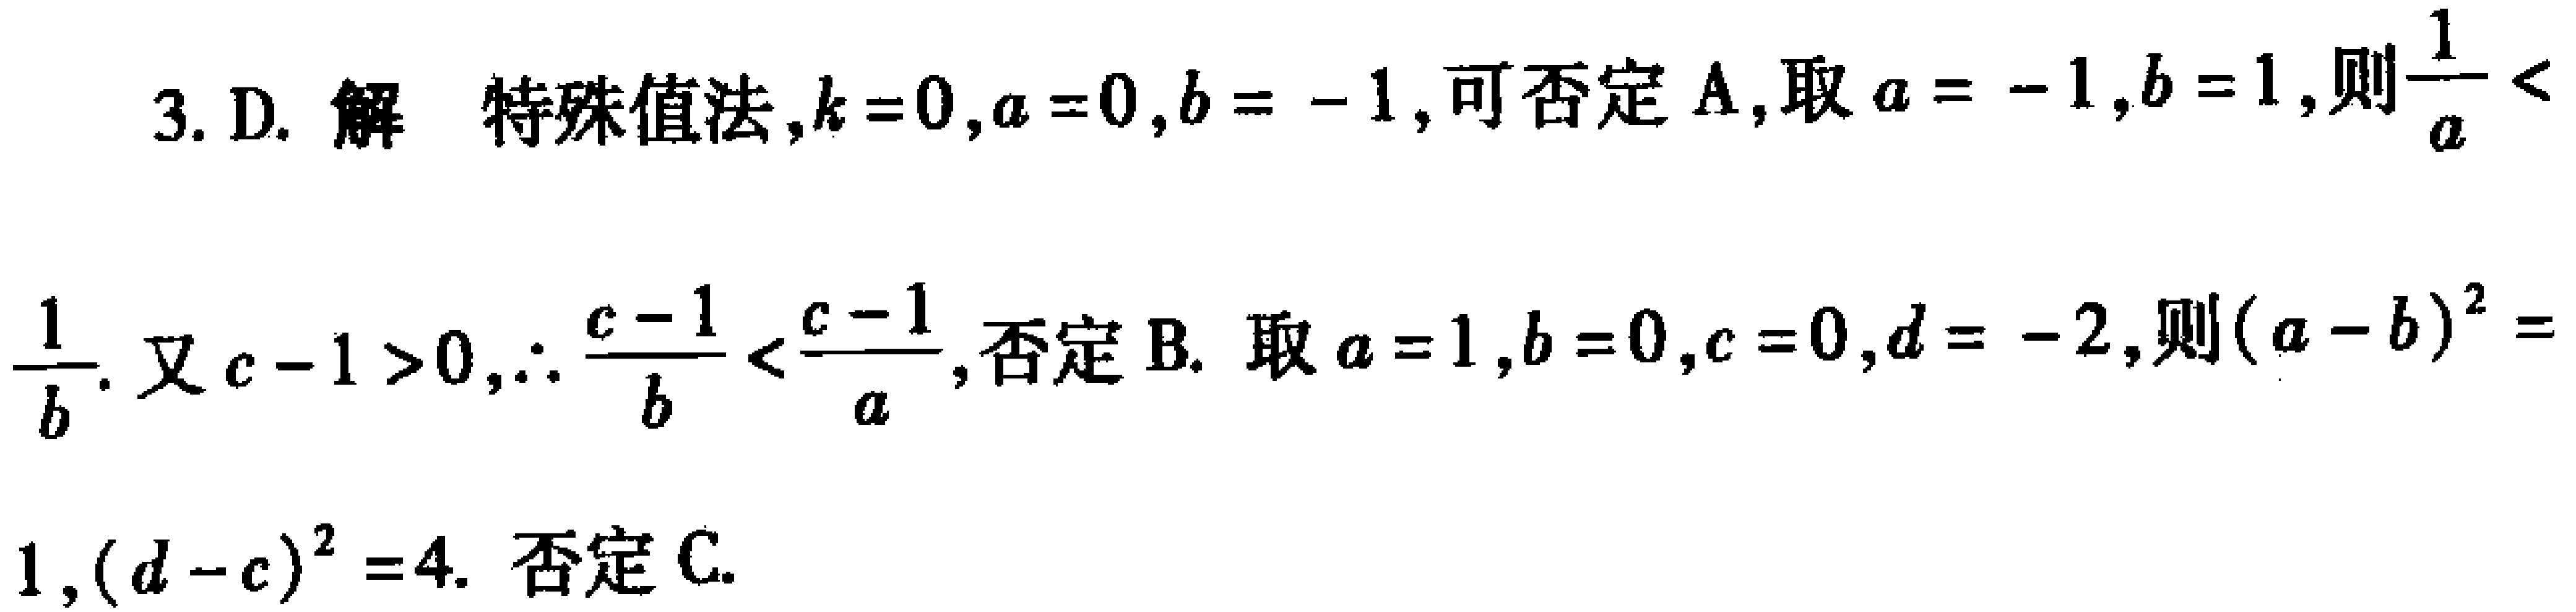
3. D. 解 特殊值法,$k = 0,a = 0,b = - 1$,可否定A,取$a = - 1,b = 1$,则$\frac{1}{a} < $

$\frac{1}{b}$. 又$c - 1 > 0,\therefore \frac{c - 1}{b} < \frac{c - 1}{a}$,否定B. 取$a = 1,b = 0,c = 0,d = - 2$,则$(a - b)^{2} = $

$1,(d - c)^{2} = 4$. 否定C.